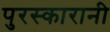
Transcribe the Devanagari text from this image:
पुरस्कारानी